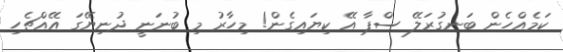
ކަމެއްހެން ބަނގުރަލޭ ސްޕާ އޭ ކިޔައިގެން! މިހާރު މި ބުނަނީ ދުނިޔޭގަ އޭއްޗެހި